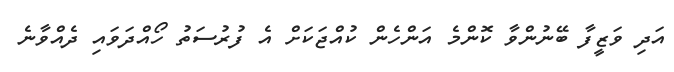
އަދި ވަޒީފާ ބޭނުންވާ ކޮންމެ އަންހެން ކުއްޖަކަށް އެ ފުރުސަތު ހޯއްދަވައި ދެއްވާނެ